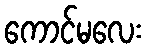
ကောင်မလေး